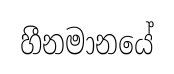
හීනමානයේ